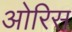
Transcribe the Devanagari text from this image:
ओरिस